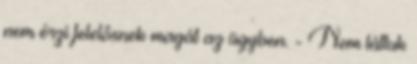
nem érzi felelősnek magát az ügyben. - Nem láttuk